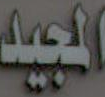
المجيد